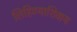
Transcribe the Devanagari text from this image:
लिहिण्याशिवाय